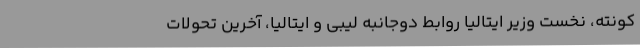
کونته، نخست وزیر ایتالیا روابط دوجانبه لیبی و ایتالیا، آخرین تحولات